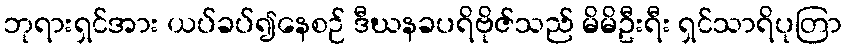
ဘုရားရှင်အား ယပ်ခပ်၍နေစဉ် ဒီဃနခပရိဗိုဇ်သည် မိမိဦးရီး ရှင်သာရိပုတြာ